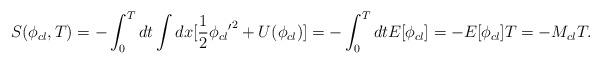
LaTeX: \begin{align*}S(\phi _{cl},T)=-\int _{0}^{T}dt\int dx[\frac{1}{2}\phi _{cl}{'}^{2}+U(\phi _{cl})]=-\int _{0}^{T}dtE[\phi _{cl}]=-E[\phi _{cl}]T=-M_{cl}T.\end{align*}